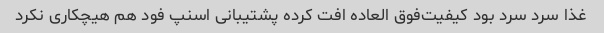
غذا سرد سرد بود کیفیت‌فوق العاده افت کرده پشتیبانی اسنپ فود هم هیچکاری نکرد